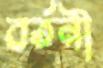
বর্তনী